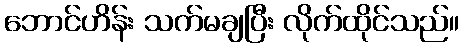
ဘောင်ဟိန်း သက်မချပြီး လိုက်ထိုင်သည်။